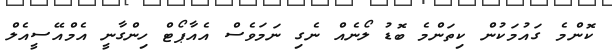
ކޮންމެ ގައުމަކުން ކިތަންމެ ބޮޑު ލޯނެއް ނެގި ނަމަވެސް އެއާޕޯޓް ހިންގާނީ އެމްއޭސީއެލް